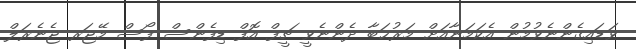
ވަޑައިގެންނެވުމުން އެކަމަނާއަށް މަރުޙަބާ ދެންނެވީ ޗީފް އޮފް ޑިފެންސް ފޯސް މޭޖަރ ޖެނެރަލް